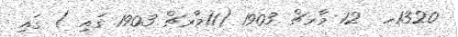
1320ހ  12 މާރޗް 1903 (11މާރޗް 1903 ގައި ) ގައި